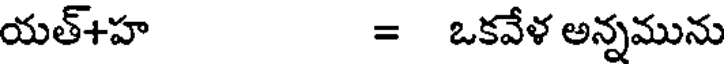
యత్+హ = ఒకవేళ అన్నమును